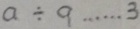
a \div 9 \cdots 3